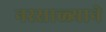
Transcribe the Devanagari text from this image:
नरसाळ्याने